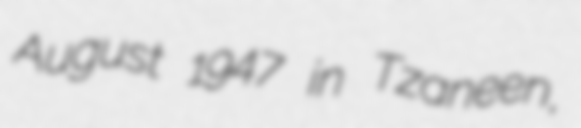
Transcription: August 1947 in Tzaneen,